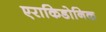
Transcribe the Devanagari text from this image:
एराकिडोनिक